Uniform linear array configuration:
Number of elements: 32
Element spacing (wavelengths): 0.5
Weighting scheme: uniform
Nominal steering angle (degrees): -60
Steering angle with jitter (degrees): -59.317
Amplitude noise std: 0.05
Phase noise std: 0.05

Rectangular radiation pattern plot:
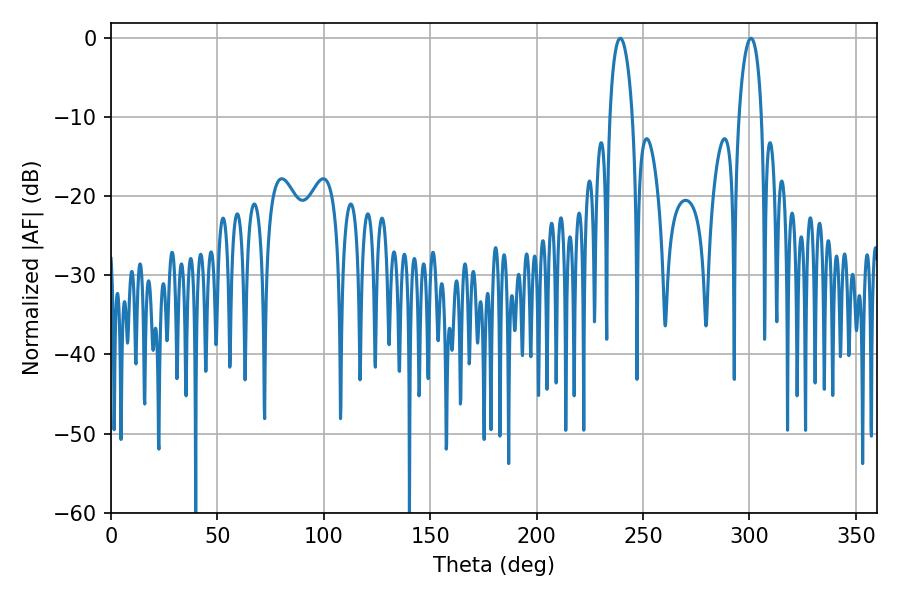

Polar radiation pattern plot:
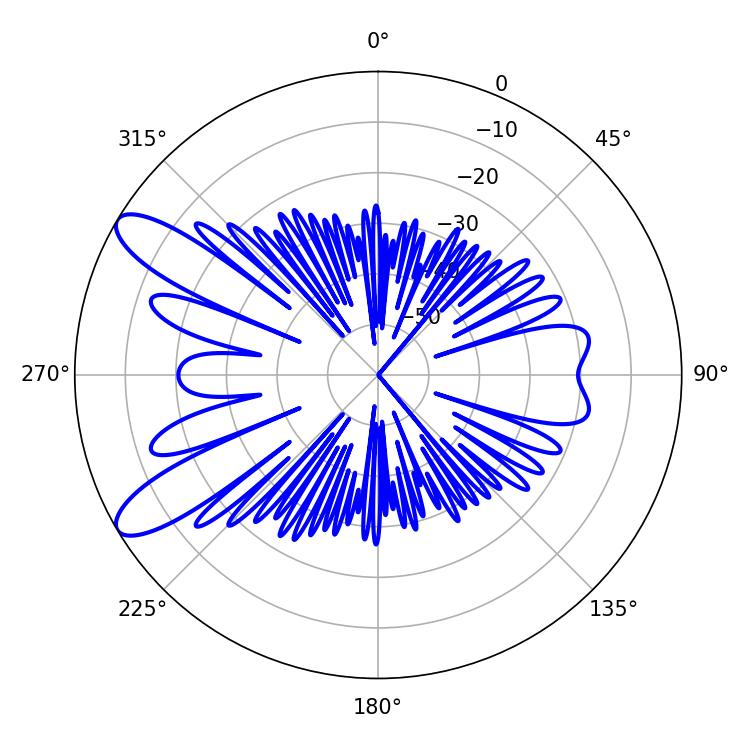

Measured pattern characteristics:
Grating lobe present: FALSE
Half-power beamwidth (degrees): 6.12
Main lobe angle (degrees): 239.22